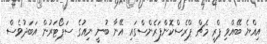
އިއްޔެ ބޭއްވި ޕްރީ މެޗް ޕްރެސްކޮންފަރެންސްގައި އޭނާ ބުނީ ނިއުގެ ސަޕޯޓަރުން އަބަދުވެސް